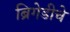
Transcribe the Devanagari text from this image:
ब्रिगेडीचे